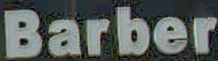
Barber